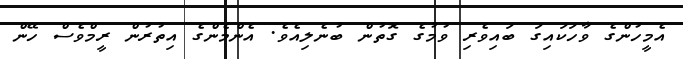
އެމީހުންގެ ވާހަކައިގަ ބައިވެރި ވުމުގެ ގޮތުން ބުނެލިއެވެ. އެންމެންގެ އިތުރުން ރީމްވެސް ހޭން